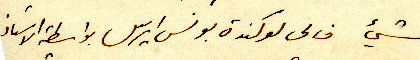
شيء فالى لوكندة بونس ايرس بواسطة الاستاذ